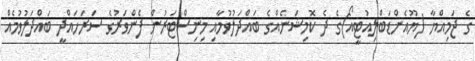
ގެ ޖަމިއްޔާ (ޔޫއެންޑަބްލިއުޓީއޯ)ގެ ދެ ކޮމިޝަނެއްގެ ބައްދަލުވުމާއި މިނިސްޓަރުން ފެންވަރުގެ ސަރަހައްދީ ބައްދަލުވުމެއް